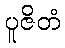
ပူဇိတံ